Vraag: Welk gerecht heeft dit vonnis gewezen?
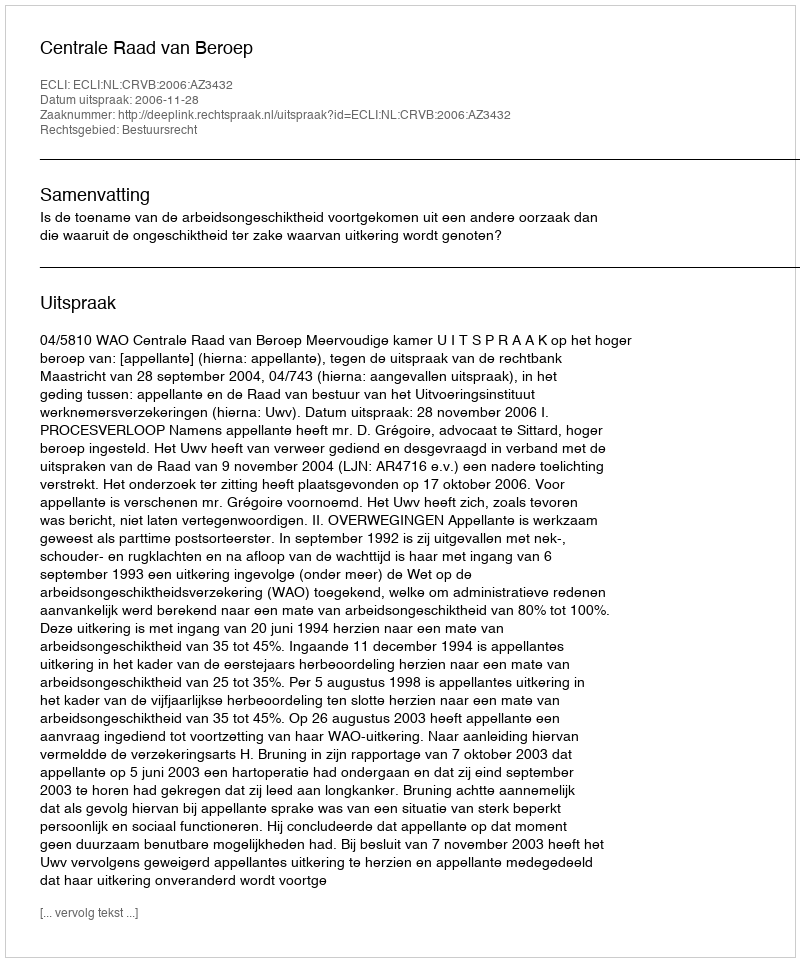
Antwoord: Centrale Raad van Beroep